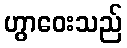
ဟွာဝေးသည်